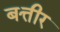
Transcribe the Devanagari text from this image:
बत्तीर